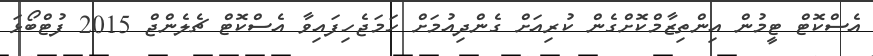
އެސްކޮޓް ޓީމުން އިންތިޒާމްކޮށްގެން ކުރިއަށް ގެންދިއުމަށް ހަމަޖެހިފައިވާ އެސްކޮޓް ޗެލެންޖް 2015 ފުޓްބޯޅަ